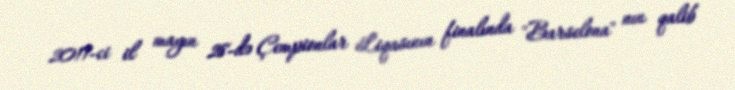
2011-ci il mayın 28-də Çempionlar Liqasının finalında "Barselona" nın qalib